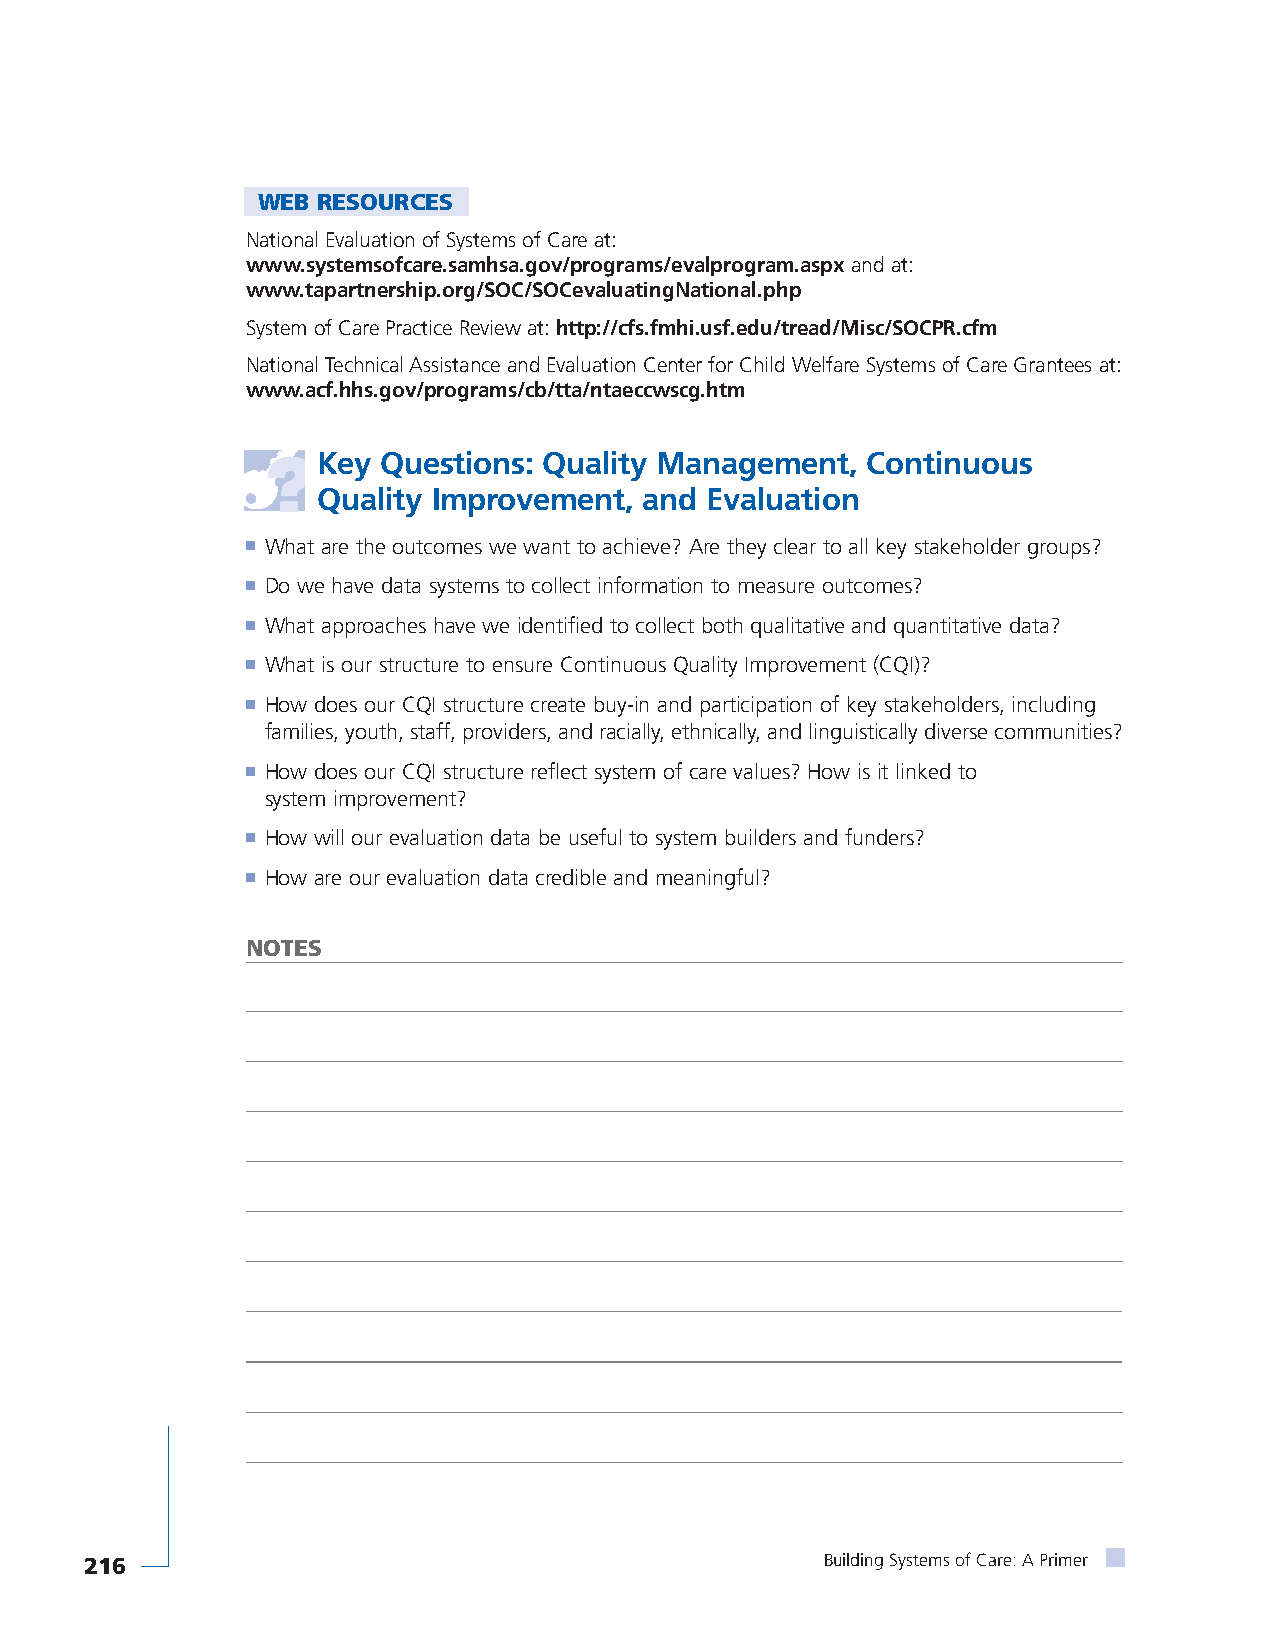
WEB RESOURCES
 National Evaluation of Systems of Care at:
 www.systemsofcare.samhsa.gov/programs/evalprogram.aspxand at:
 www.tapartnership.org/SOC/SOCevaluatingNational.php
 System of Care Practice Review at: http://cfs.fmhi.usf.edu/tread/Misc/SOCPR.cfm
 National Technical Assistance and Evaluation Center for Child Welfare Systems of Care Grantees at:
 www.acf.hhs.gov/programs/cb/tta/ntaeccwscg.htm
 Key Questions: Quality Management,  Continuous
 Quality Improvement,  and Evaluation
 ■ What are the outcomes we want to achieve? Are they clear to all key stakeholder groups?
 ■ Do we have data systems to collect information to measure outcomes?
 ■ What approaches have we identified to collect both qualitative and quantitative data?
 ■ What is our structure to ensure Continuous Quality Improvement (CQI)?
 ■ How does our CQI structure create buy-in and participation of key stakeholders, including
 families, youth, staff, providers, and racially, ethnically, and linguistically diverse communities?
 ■ How does our CQI structure reflect system of care values? How is it linked to
 system improvement?
 ■ How will our evaluation data be useful to system builders and funders?
 ■ How are our evaluation data credible and meaningful?
 NOTES
 216                                              Building Systems of Care: A Primer